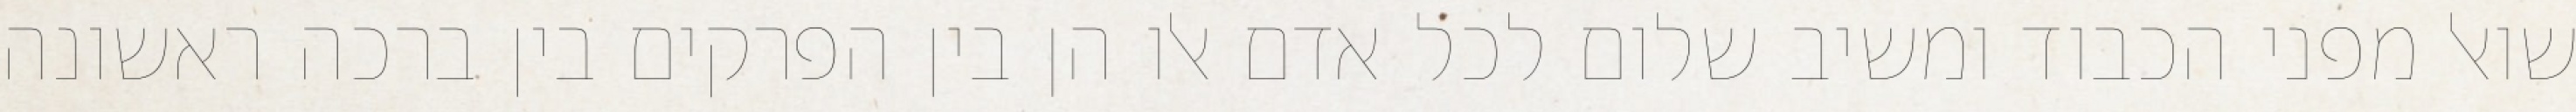
שואל מפני הכבוד ומשיב שלום לכל אדם אלו הן בין הפרקים בין ברכה ראשונה